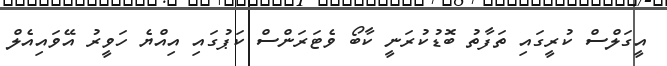
އީގަލްސް ކުރީގައި ތަފާތު ބޮޑުކުރަނީ ކާބޯ ވެޓަރަންސް ކަޕުގައި އިއްޔެ ހަވީރު އޭވައިއެލް